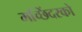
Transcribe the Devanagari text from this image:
मच्छिंदरको